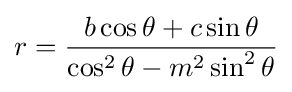
r={\frac {b\cos \theta +c\sin \theta }{\cos ^{2}\theta -m^{2}\sin ^{2}\theta }}